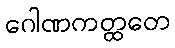
ဂေါဏကတ္ထတေ